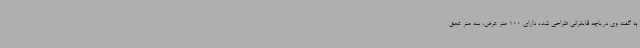
به گفته وی دریاچه قایقرانی طراحی شده دارای 100 متر عرض، سه متر عمق